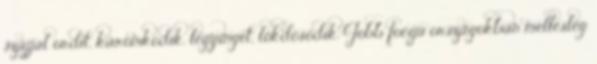
szájjal ordít, káromkodik, legyinget, lökdösődik. Jobb focijú országokban mellesleg